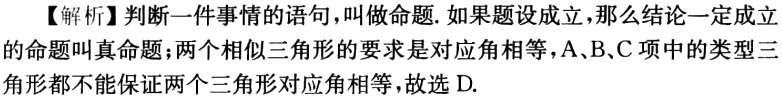
【解析】判断一件事情的语句，叫做命题. 如果题设成立，那么结论一定成立的命题叫真命题；两个相似三角形的要求是对应角相等，A、B、C项中的类型三角形都不能保证两个三角形对应角相等，故选D.